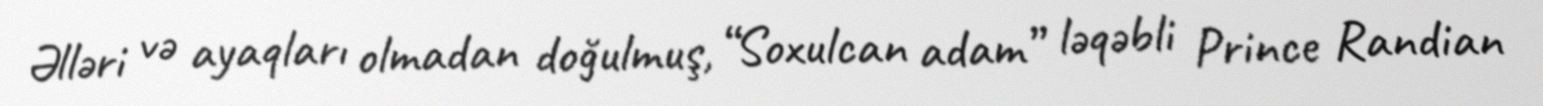
Əlləri və ayaqları olmadan doğulmuş, “Soxulcan adam” ləqəbli Prince Randian